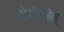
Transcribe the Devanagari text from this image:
श्रेणीङोबेल्